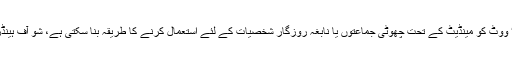
سیاسی جماعتیں ’سنگل ٹرانسفر ایبل‘ ووٹ کو مینڈیٹ کے تحت چھوٹی جماعتوں یا نابغہ روزگار شخصیات کے لئے استعمال کرنے کا طریقہ بنا سکتی ہے، شو آف ہینڈز صائب و شفاف طریقہ انتخاب ہے۔